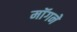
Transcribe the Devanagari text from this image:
माॅगने